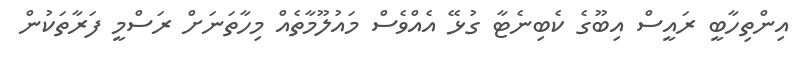
އިންތިހާބީ ރައީސް އިބޫގެ ކެބިނެޓާ ގުޅޭ އެއްވެސް މައުލޫމާތެއް މިހާތަނަށް ރަސްމީ ފަރާތަކުން